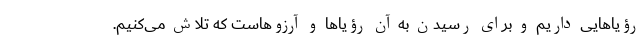
رؤیاهایی داریم و برای رسیدن به آن رؤیاها و آرزوهاست که تلاش می‌کنیم.